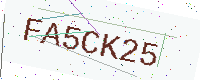
Text: FA5CK25